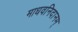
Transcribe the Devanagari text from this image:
माधवनिदानम्